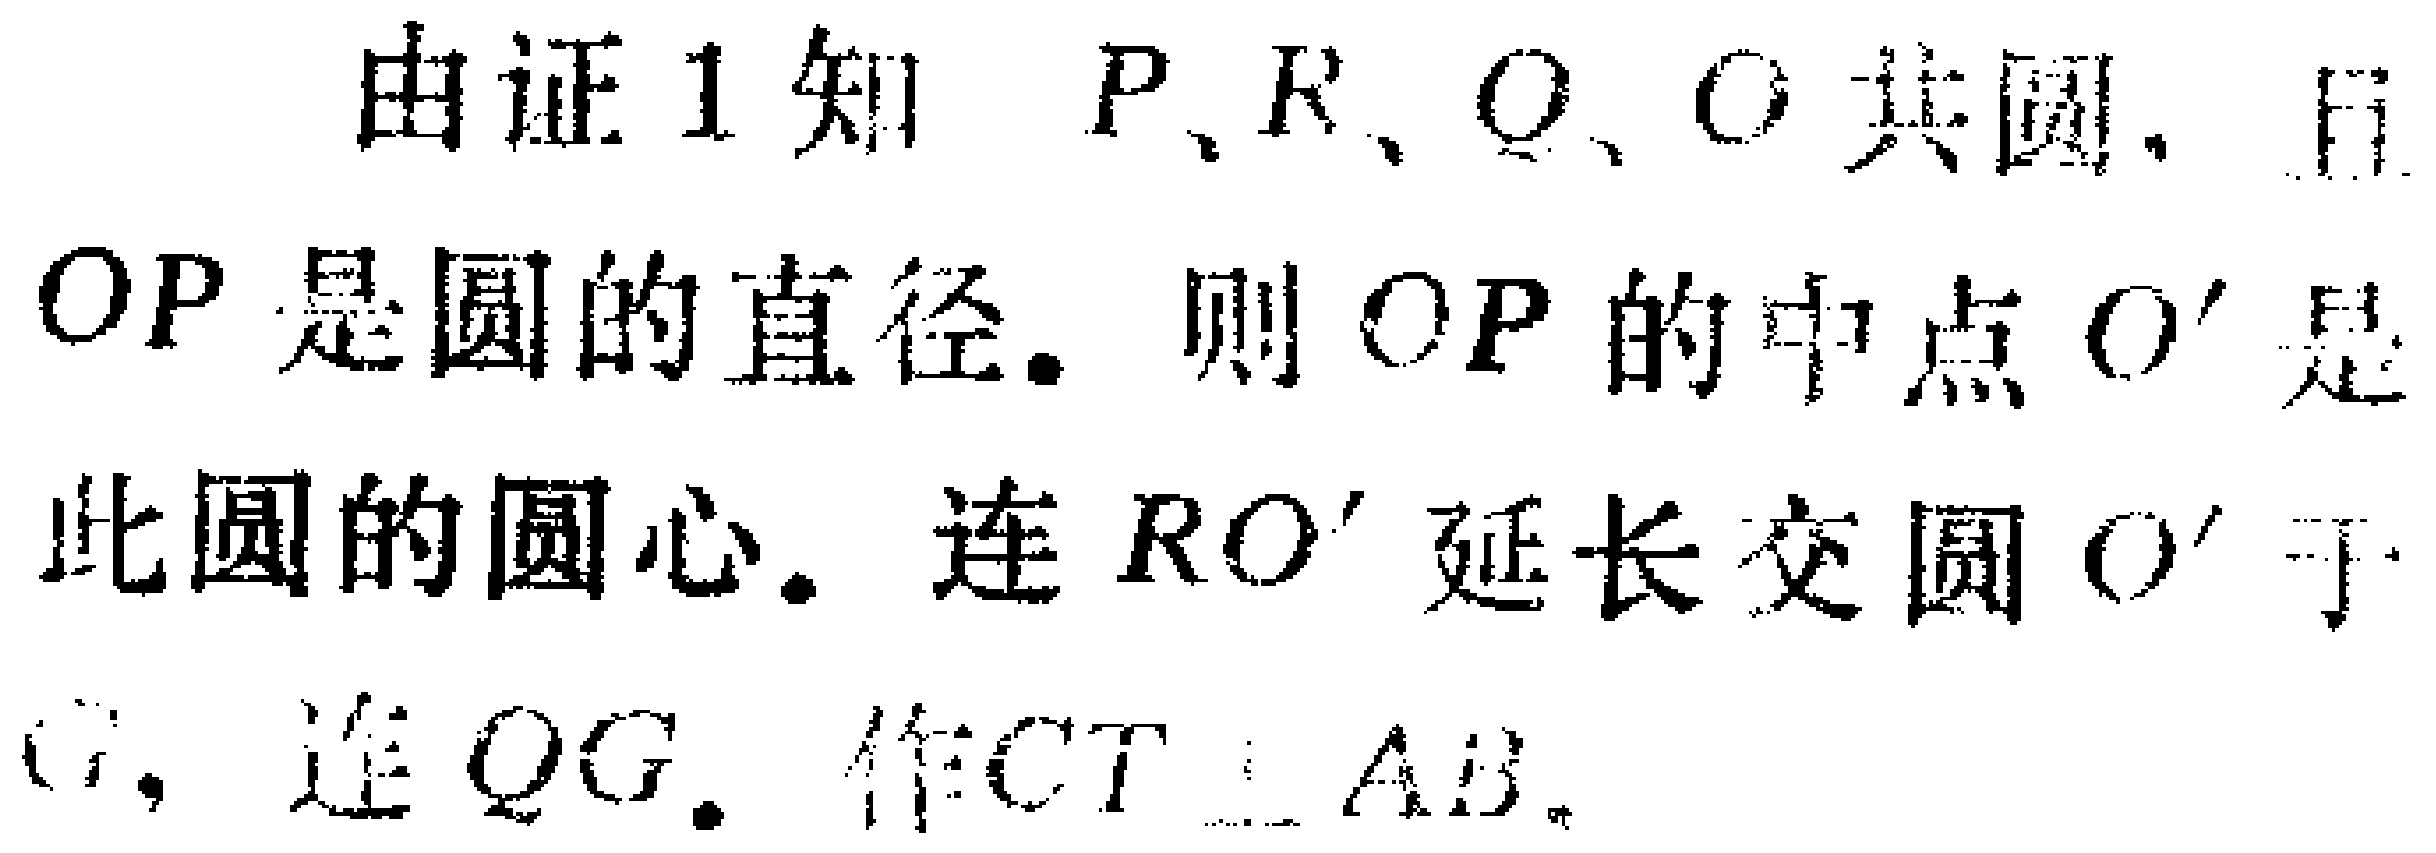
由证1知 \(P、R、Q、O\) 共圆，且 \(OP\) 是圆的直径. 则 \(OP\) 的中点 \(O'\) 是此圆的圆心. 连 \(RO'\) 延长交圆 \(O'\) 于 \(G\)，连 \(QG\). 作 \(CT\perp AB\).